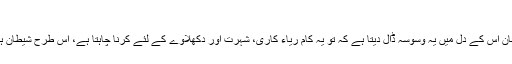
فتویٰ : مفتی اعظم سعودی عرب شیخ محمد بن صالح عثیمین
سوال : اکثریوں ہوتا ہے کہ انسان کسی نیک کام کا ارادہ کرتا ہے، پھر شیطان اس کے دل میں یہ وسوسہ ڈال دیتا ہے کہ تو یہ کام ریاء کاری، شہرت اور دکھلاوے کے لئے کرنا چاہتا ہے، اس طرح شیطان ہمیں ایک نیک کام سے دور کر دیتا ہے ایسی چیزوں سے کیسے بچا جائے؟